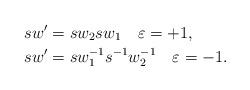
LaTeX: \begin{align*}sw'&=sw_2 s w_1\quad\varepsilon=+1,\\sw'&=sw^{-1}_1 s^{-1} w^{-1}_2\quad\varepsilon=-1.\end{align*}